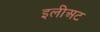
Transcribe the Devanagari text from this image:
इलीअट